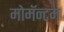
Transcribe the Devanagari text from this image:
मोमॅन्टम